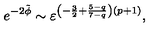
e ^ { - 2 \tilde { \phi } } \sim \varepsilon ^ { \left( - \frac { 3 } { 2 } + \frac { 5 - q } { 7 - q } \right) \left( p + 1 \right) } ,